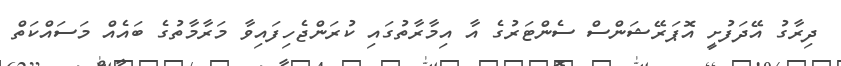
ދިރާގު އޭދަފުށީ އޮޕަރޭޝަންސް ސެންޓަރުގެ އާ އިމާރާތުގައި ކުރަންޖެހިފައިވާ މަރާމާތުގެ ބައެއް މަސައްކަތް